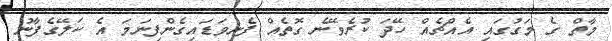
މާތް ގެ މަގުގައި އެއްޗެއް ހޭދަ ކުރެވޭނެ ގޮތެއް ފެނިވަޑައިގެންފިނަމަ އެ ކަލޭގެފާނު